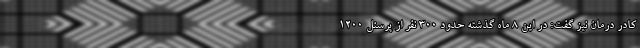
کادر درمان نیز گفت: در این ۸ ماه گذشته حدود ۳۰۰ نفر از پرسنل ۱۲۰۰